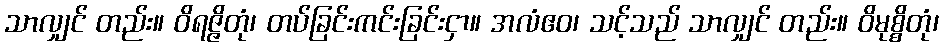
သာလျှင် တည်း။ ဝိရဇ္ဇိတုံ၊ တပ်ခြင်းကင်းခြင်းငှာ။ အလံဧဝ၊ သင့်သည် သာလျှင် တည်း။ ဝိမုစ္စိတုံ၊